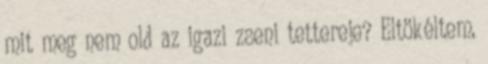
mit meg nem old az igazi zseni tettereje? Eltökéltem,